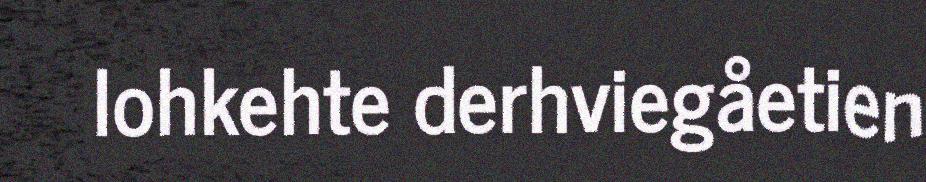
lohkehte derhviegåetien